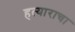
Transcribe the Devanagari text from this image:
हत्याराचा